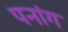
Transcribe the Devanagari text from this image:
पनांग